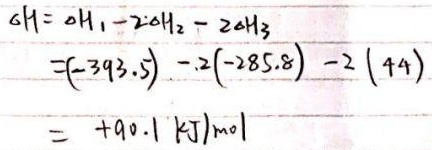
\(\Delta H=\Delta H_{1}-2\Delta H_{2}-2\Delta H_{3}\)
\(=(-393.5)-2\times(-285.8)-2\times(44)\)
\(= +90.1\mathrm{kJ/mol}\)